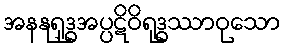
အနနုရုဒ္ဓအပ္ပဋိဝိရုဒ္ဓဿာဝုသော